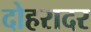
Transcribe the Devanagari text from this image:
दोहरादर